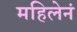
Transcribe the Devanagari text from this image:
महिलेनं